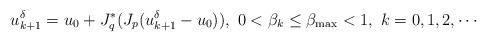
LaTeX: \begin{align*} u_{k+1}^{\delta} = u_0 + J_q^*(J_p(u_{k+1}^{\delta}-u_0)), \ 0 < \beta_k \leq \beta_{\max} < 1, \ k = 0, 1, 2, \cdots \end{align*}